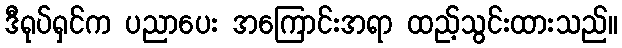
ဒီရုပ်ရှင်က ပညာပေး အကြောင်းအရာ ထည့်သွင်းထားသည်။